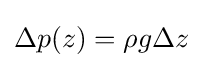
\Delta p(z)=\rho g\Delta z